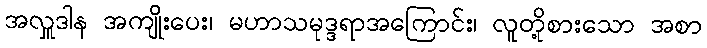
အလှူဒါန အကျိုးပေး၊ မဟာသမုဒ္ဒရာအကြောင်း၊ လူတို့စားသော အစာ